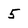
Character: 5